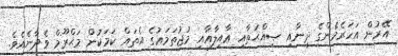
އޭރުން އަހަރެމެންގެ ދީނާއި ޞިއްޙަތާއި ޢާއިލާއާއި މުޖުތަމަޢުގެ އެތައް ކަމަކުން މަޙްރޫމް ވެދާނެއެވެ.